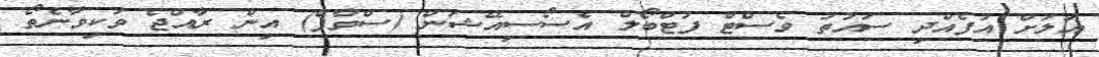
އަލަށް އުފެއްދި ސައުތު ވެސްޓް ފުޓްބޯލް އެސޯސިއޭޝަން (ސްވާފް) އިން ރާއްޖެ ވަކިވާނެތޯ